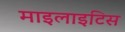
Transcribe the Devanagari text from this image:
माइलाइटिस